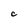
Character: C